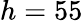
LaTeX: h=55